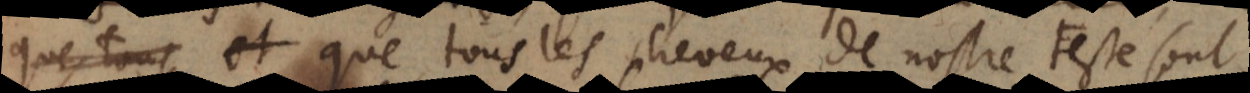
cheres; que tous les cheveux de nostre teste sont